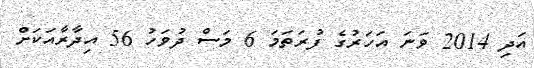
އަދި 2014 ވަނަ އަހަރުގެ ފުރަތަމަ 6 މަސް ދުވަހު 56 އިދާރާއަކަށް